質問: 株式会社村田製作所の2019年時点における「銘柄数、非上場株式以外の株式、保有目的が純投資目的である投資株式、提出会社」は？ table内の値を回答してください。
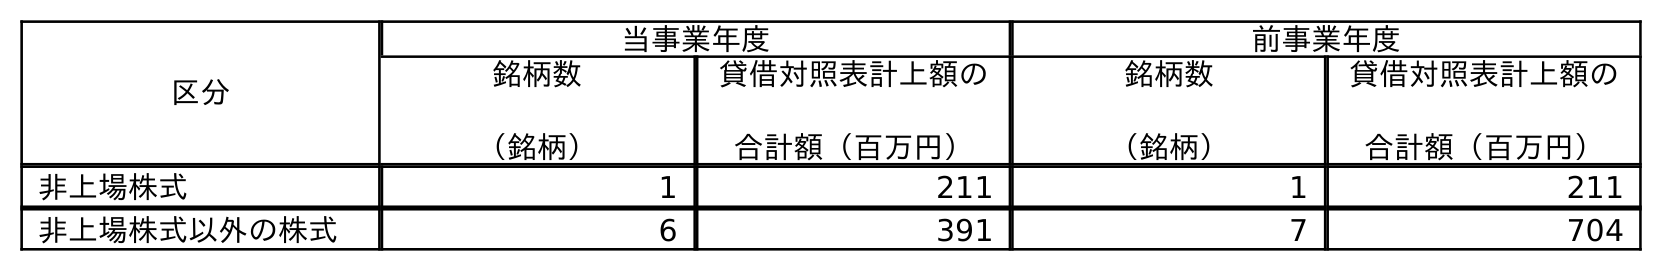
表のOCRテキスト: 区分 当事業年度 前事業年度 銘柄数 （銘柄） 貸借対照表計上額の 合計額（百万円） 銘柄数 （銘柄） 貸借対照表計上額の 合計額（百万円） 非上場株式 1 211 1 211 非上場株式以外の株式 6 391 7 704
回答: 7